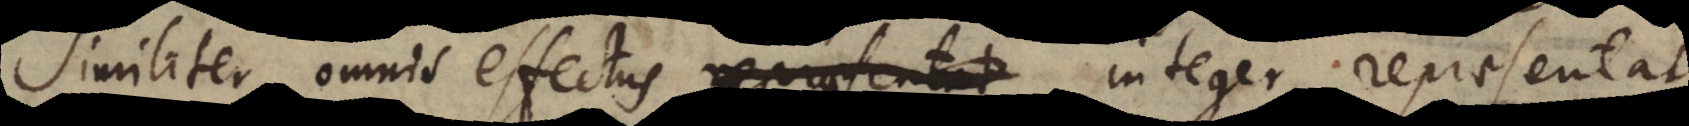
Similiter omnis effectus repraesentat integer, repraesentat